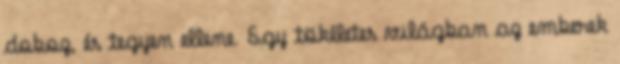
doboz, és tegyen ellene. Egy tökéletes világban az emberek